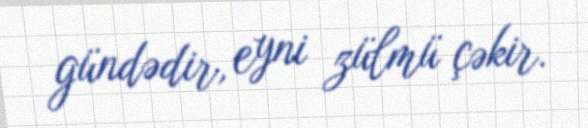
gündədir, eyni zülmü çəkir.